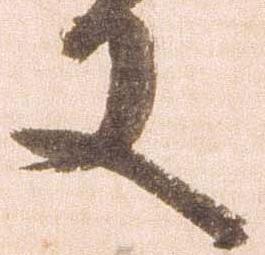
又